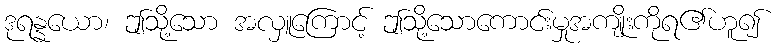
ဒုရန္နယော၊ ဤသို့သော အလှူကြောင့် ဤသို့သောကောင်းမှုအကျိုးကိုရ၏ဟူ၍